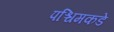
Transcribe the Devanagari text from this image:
पश्चिमकडे